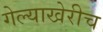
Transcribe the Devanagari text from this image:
गेल्याखेरीच